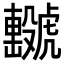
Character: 𧈖